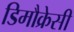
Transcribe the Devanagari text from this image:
डिमौक्रेसी